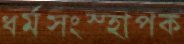
ধর্মসংস্হাপক